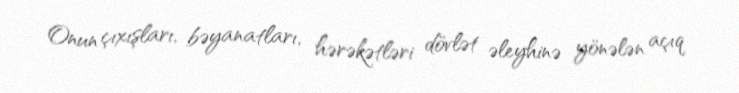
Onun çıxışları, bəyanatları, hərəkətləri dövlət əleyhinə yönələn açıq